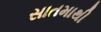
સાતમાથી